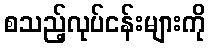
စသည့်လုပ်ငန်းများကို